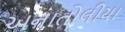
અનાતોલીયા